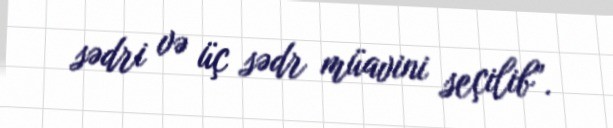
sədri və üç sədr müavini seçilib”.